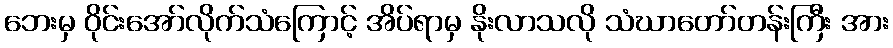
ဘေးမှ ဝိုင်းအော်လိုက်သံကြောင့် အိပ်ရာမှ နိုးလာသလို သံဃာတော်တန်းကြီး အား